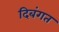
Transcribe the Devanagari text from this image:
दिबंगत